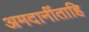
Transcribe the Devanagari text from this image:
अमदानींताहि